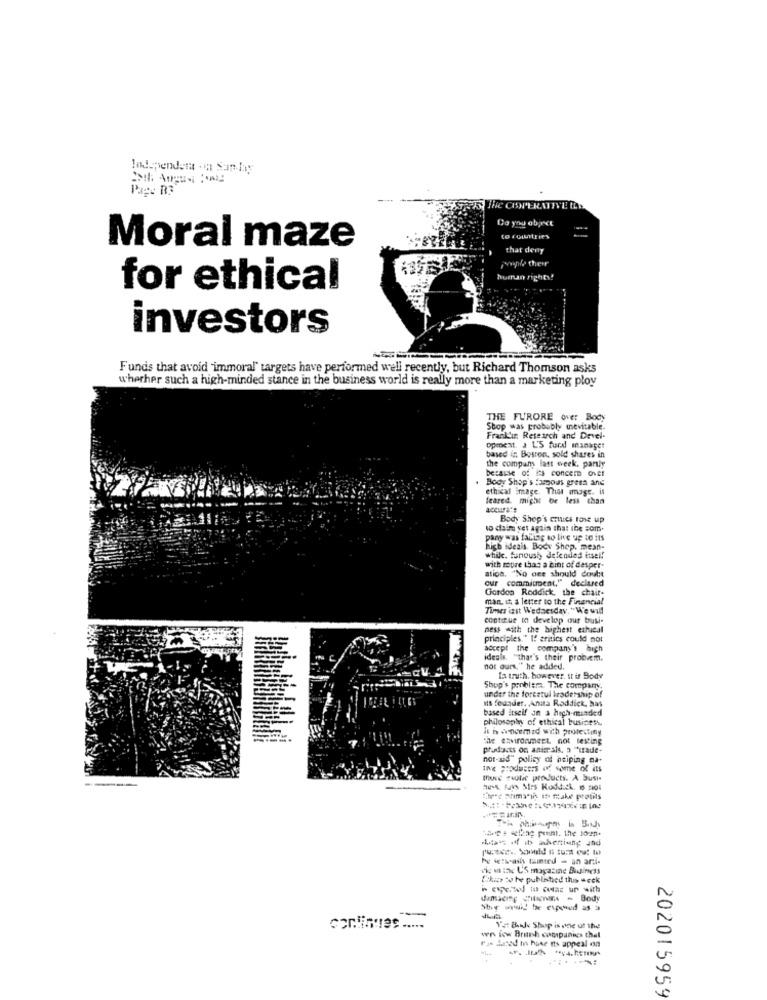
Independent .n San.hay
Pag: B3
Do you object
to countries
Moral maze
that deny
ople their
human rights!
for ethical
investors
Funds that avoid immoral' targets have performed well recently, but Richard Thomson asks
whether such a high-minded stance in the business world is really more than a marketing ploy
THE FURORE over Body
Stop was probably mevitable.
Franklin Research and Devel-
opment. J L'S ford manager
based in Boston, sold shares in
the compum last week. partly
because of its concer ovet
. Body Shop's famous greta anc
ethial image. That image. it
leared. might be less than
accurate
Body Shop's critics tore up
to dai yet again that the som.
pany was falling so live up to its
high ideais Body Shop. mean-
while. funoushy defended itsel!
ation. "No one should doubt
with ropre that a hint of desper-
our commitment," declared
Gordos Roddick, the chair-
man, it, a letter to the Financial
Times inst Wednesday, "We will
continue to develop our bull-
ness with the highest ethical
principles. " I! aritics could not
accept the company's high
ideale. "that's their problem.
not ours," he added.
Ia truth. however. it is Body
Shop's problema. The company.
under the forcetul leadership of
its founder, Anita Roddick, has
based itself Jn a high-minded
philosophy of ethical business.
it n fencemed with protecting
the ESMirOnmeEL, not testing
prudacts on anie sis, 3 lirade-
not-xis"policy of neiping na-
INE producers off some of its
Iuse Tuulic products. A Susi-
Mutas of ib akertiune and
he ictwrath tainted = an anti-
view the US magazine Budinicss
Louis to be publistied this week
The wywil be exposed as a
continues .....
1% BAJe Shop is one ut the
ra dased m huse its appeal en
wn low Brauh companies thel
202015959